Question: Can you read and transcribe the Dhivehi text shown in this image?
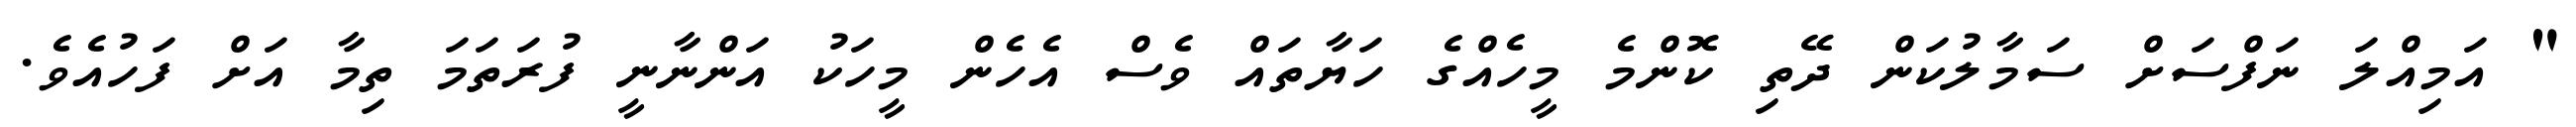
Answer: " އަމިއްލަ ނަފްސަށް ސަމާލުކަން ދޭތި ކޮންމެ މީހެއްގެ ހަޔާތައް ވެސް އެހެން މީހަކު އަންނާނީ ފުރަތަމަ ތިމާ އަށް ފަހުއެވެ.